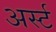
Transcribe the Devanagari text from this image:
अर्स्ट